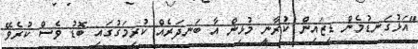
"އަޅުގަނޑުމެން ޑިޒައިން ކުރާނީ މުޅިން އާ ބަނދަރެއް ކުރިމަގުގައި ބޮޑު ވެސް ކުރެވޭ